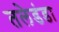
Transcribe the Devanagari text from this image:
तलेडंडा